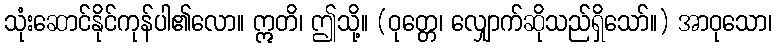
သုံးဆောင်နိုင်ကုန်ပါ၏လော။ ဣတိ၊ ဤသို့။ (ဝုတ္တေ၊ လျှောက်ဆိုသည်ရှိသော်။) အာဝုသော၊